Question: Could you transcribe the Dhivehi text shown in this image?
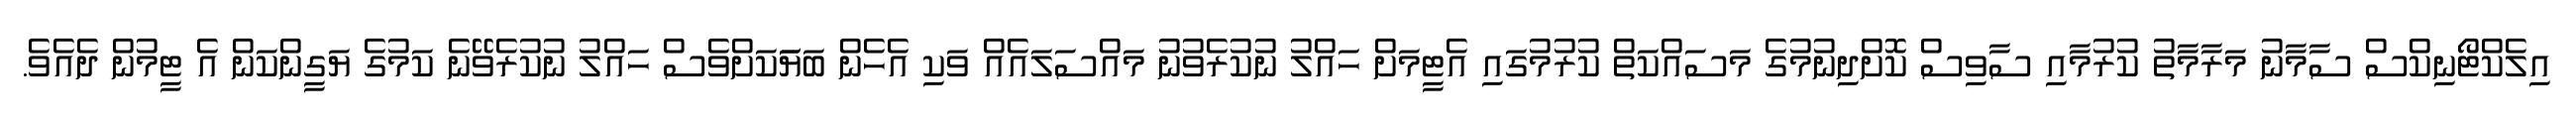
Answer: އިލެކްޓޯނިކްސް ސާމާނު މަރާމާތު ކުރުމާއި ސާވިސް ކޮށްދިނުމުގެ މަސައްކަތް ކުރުމުގައި އެޓީމަށް ހައްލު ނުކުރެވުނު މައްސަލައެއް ވަކި އެހެން ބަޔަަކަށްވެސް ހައްލު ނުކުރެވޭނެ ކަމުގެ ޔަގީންކަން އެ ޓީމުން ދެއެވެ.